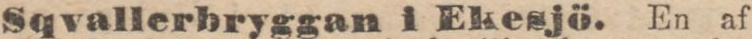
Sqvallerbryggan i Ekesjö. En af